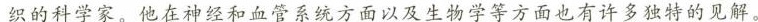
织的科学家。他在神经和血管系统方面以及生物学等方面也有许多独特的见解。